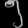
Digit: ၅